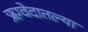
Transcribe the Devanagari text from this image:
ऋग्वेदातल्या